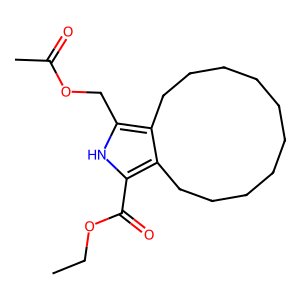
SMILES: CCOC(=O)c1[nH]c(COC(C)=O)c2c1CCCCCCCCCC2
Inhibits HIV replication: No